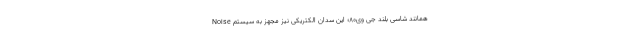
همانند شاسی بلند جی وی80؛ این سدان الکتریکی نیز مجهز به سیستم Noise